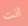
انت